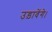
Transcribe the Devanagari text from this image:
उड़ावेंगे।